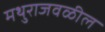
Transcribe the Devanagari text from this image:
मथुराजवळील